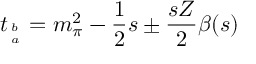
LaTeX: t _ { b \atop a } = m _ { \pi } ^ { 2 } - { \frac { 1 } { 2 } } s \pm { \frac { s Z } { 2 } } \beta ( s )